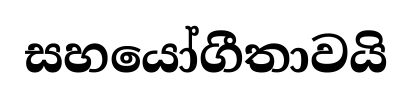
සහයෝගීතාවයි